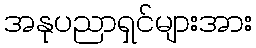
အနုပညာရှင်များအား